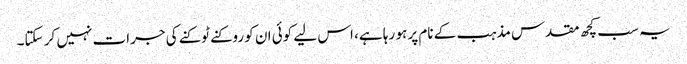
یہ سب کچھ مقدس مذہب کے نام پر ہو رہا ہے، اس لیے کوئی ان کو روکنے ٹوکنے کی جرات نہیں کر سکتا۔